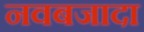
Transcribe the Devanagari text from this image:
नवबजादा